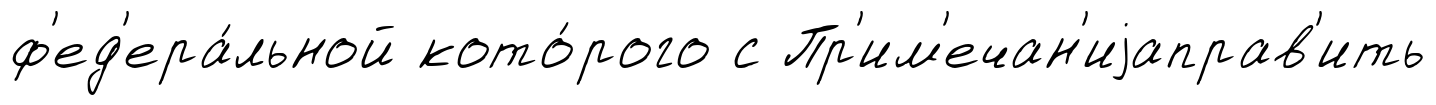
ф'ед'ера́льной кото́рого с Пр'им'ечан'иjаправ'ить